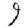
Digit: 9